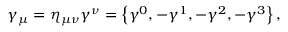
\gamma _ { \mu } = \eta _ { \mu \nu } \gamma ^ { \nu } = \left\{ \gamma ^ { 0 } , - \gamma ^ { 1 } , - \gamma ^ { 2 } , - \gamma ^ { 3 } \right\} ,